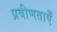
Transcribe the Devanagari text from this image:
प्रवीणताएँ